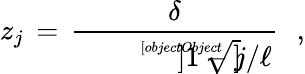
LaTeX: z_{j}\, =\, {\frac{\delta}{\sqrt[[objectObject]]]{1-j/\ell}}}\, \, \, \, ,